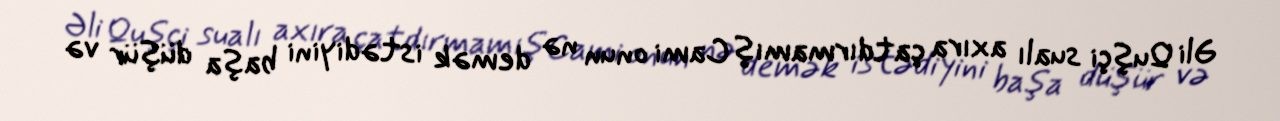
Əli Quşçi sualı axıra çatdırmamış Cami onun nə demək istədiyini başa düşür və